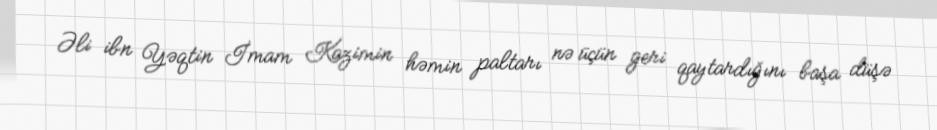
Əli ibn Yəqtin İmam Kazimin həmin paltarı nə üçün geri qaytardığını başa düşə